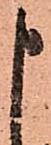
申